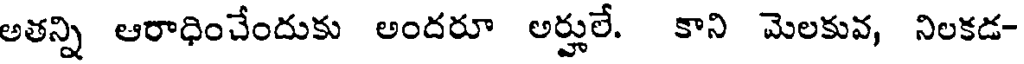
అతన్ని ఆరాధించేందుకు అందరూ అర్హులే. కాని మెలకువ, నిలకడ-